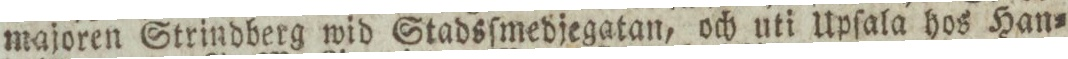
majoren Strindberg wid Stadsſmedjegatan, och uti Upſala hos Han=